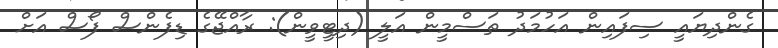
ގެންދިޔައީ ސިފައިން އަހުމަދު ތަސްމީން އަލީ (ދިޓީވީން): ރާއްޖޭގެ ޑިފެންސް ފޯސް އަށް